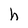
Character: h